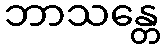
ဘာသန္တေ